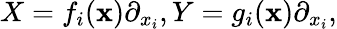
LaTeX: X=f_{i}({\textbf{x}})\partial_{x_{i}},Y=g_{i}({\textbf{x}})\partial_{x_{i}},